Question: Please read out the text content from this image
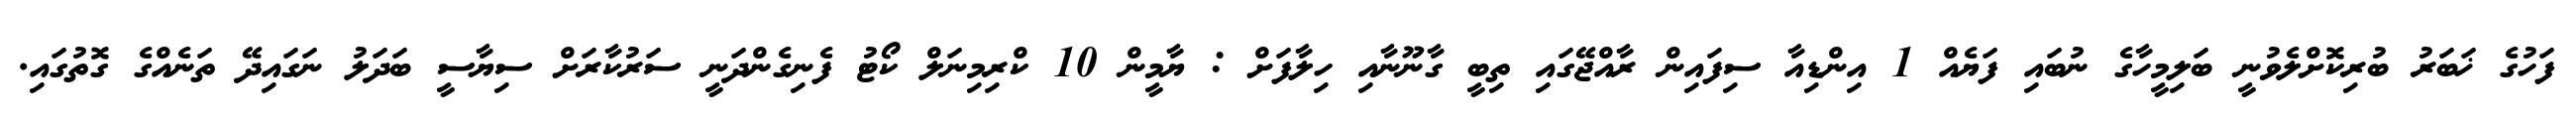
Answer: ފަހުގެ ޚަބަރު ބުރިކޮށްލެވުނީ ބަލިމީހާގެ ނުބައި ފަޔެއް 1 އިންޑިއާ ސިފައިން ރާއްޖޭގައި ތިބީ ގާނޫނާއި ހިލާފަށް : ޔާމީން 10 ކްރިމިނަލް ކޯޓު ފެނިގެންދަނީ ސަރުކާރަށް ސިޔާސީ ބަދަލު ނަގައިދޭ ތަނެއްގެ ގޮތުގައި.